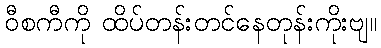
ဝီစကီကို ထိပ်တန်းတင်နေတုန်းကိုးဗျ။